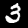
Label: 3